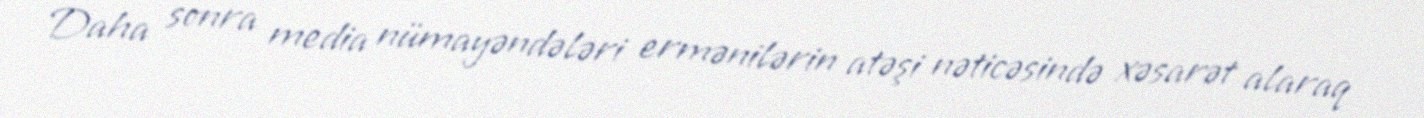
Daha sonra media nümayəndələri ermənilərin atəşi nəticəsində xəsarət alaraq